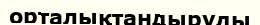
орталықтандыруды